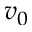
v _ { 0 }